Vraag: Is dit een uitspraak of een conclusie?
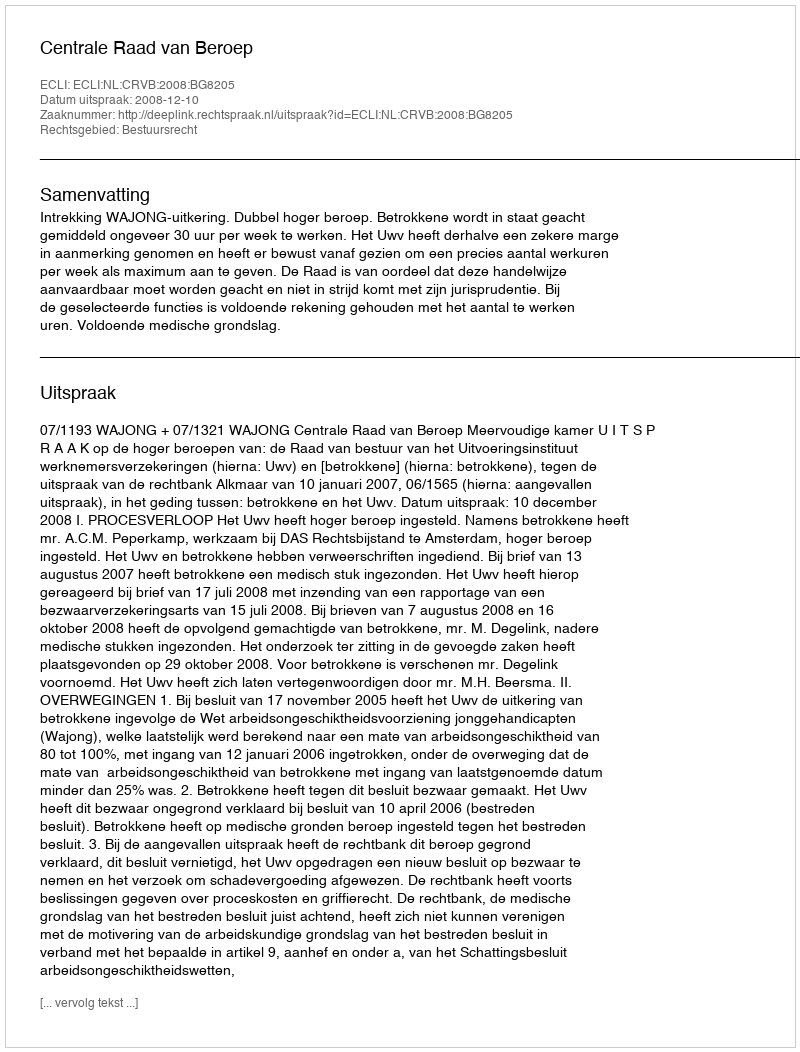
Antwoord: Uitspraak